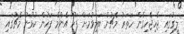
ލީގުގައި ޖެހިޖެހިގެން ހަތަރު މެޗުން ބަލިވުމަށް ފަހު އެންމެ ފަހުން ކުޅުނު މެޗުގައި